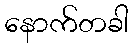
နောက်တခါ